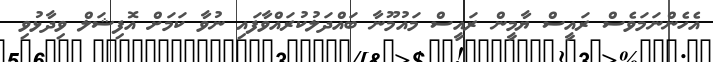
އެހެންނަމަވެސް ރައީސް ޔާމީން ރައީސް މައުމޫނާ ބައްދަލުކުރައްވާފައި ނުވާ ކަމަށް އޮފިޝަލް ވިދާޅުވި